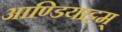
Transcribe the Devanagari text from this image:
आण्डियाट्टम्